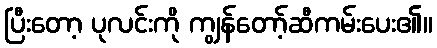
ပြီးတော့ ပုလင်းကို ကျွန်တော့်ဆီကမ်းပေး၏။